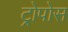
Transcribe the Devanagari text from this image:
ट्रोपोस